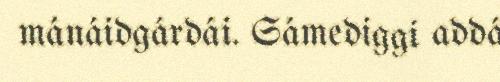
mánáidgárdái. Sámediggi addá